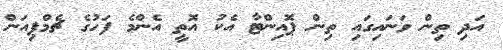
އަދި ތިން ވަނައިގައި ތިން ޕޮއިންޓާ އެކު އޮތީ އެންމެ ފަހުގެ ޗެމްޕިއަން